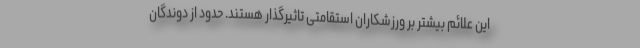
این علائم بیشتر بر ورزشکاران استقامتی تاثیرگذار هستند. حدود از دوندگان